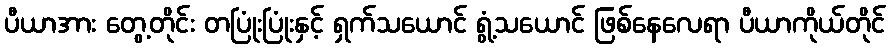
ပီယာအား တွေ့တိုင်း တပြုံးပြုံးနှင့် ရှက်သယောင် ရွံ့သယောင် ဖြစ်နေလေရာ ပီယာကိုယ်တိုင်